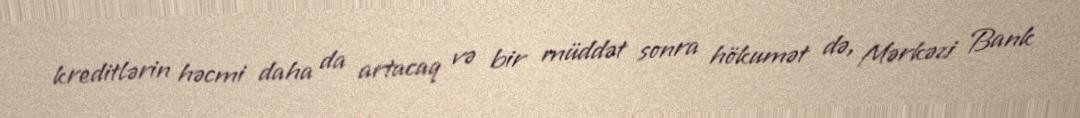
kreditlərin həcmi daha da artacaq və bir müddət sonra hökumət də, Mərkəzi Bank